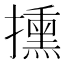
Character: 𢷠